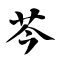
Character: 芩